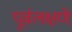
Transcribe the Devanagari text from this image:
पूर्वलक्षणे